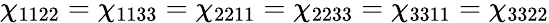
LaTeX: \chi_{1122}=\chi_{1133}=\chi_{2211}=\chi_{2233}=\chi_{3311}=\chi_{3322}